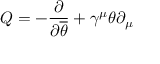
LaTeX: Q = - { \frac { \partial } { \partial { \overline { { \theta } } } } } + \gamma ^ { \mu } \theta \partial _ { \mu }